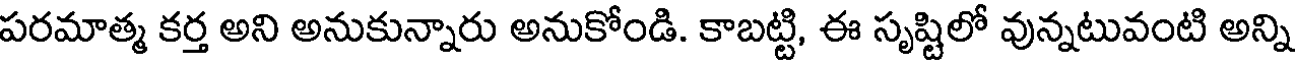
పరమాత్మ కర్త అని అనుకున్నారు అనుకోండి. కాబట్టి, ఈ సృష్టిలో వున్నటువంటి అన్ని